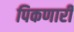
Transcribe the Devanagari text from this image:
पिकणारी